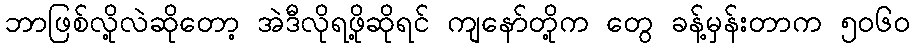
ဘာဖြစ်လို့လဲဆိုတော့ အဲဒီလိုရဖို့ဆိုရင် ကျနော်တို့က တွေ ခန့်မှန်းတာက ၅၀၆၀